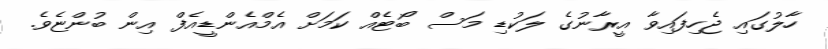
ހާލުގައި ޖެހިފައިވާ އީރާނުގެ ލަކުޑި މަސް ބޯޓެއް ކަމަށް އެމްއެންޑީއެފް އިން ބުންޏެވެ.